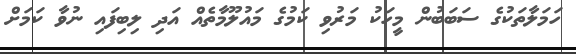
ހަމަލާތަކުގެ ސަބަބުން މީހަކު މަރުވި ކަމުގެ މައުލޫމާތެއް އަދި ލިބިފައި ނުވާ ކަމަށް